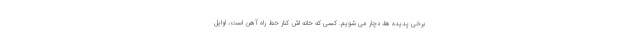
برخی پدیده ها، دچار می شویم. کسی که خانه اش کنار خط راه آهن است، اوایل